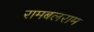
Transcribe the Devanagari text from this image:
रामबलराम